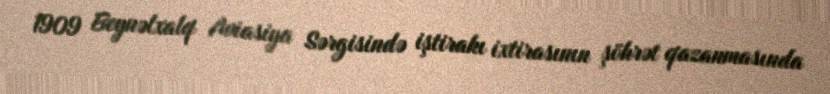
1909 Beynəlxalq Aviasiya Sərgisində iştirakı ixtirasının şöhrət qazanmasında